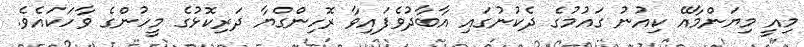
މިއީ މިޔަންމާއޭ ކިއުނު ގައުމުގެ ދެކުނުގައި އާބާދުވެފައިވާ ރޮހިންގްޔާ ދަރިކޮޅުގެ މީހުންގެ ވާހަކައެވެ.